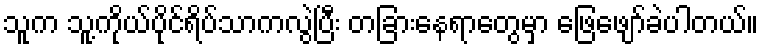
သူက သူ့ကိုယ်ပိုင်ရိပ်သာကလွဲပြီး တခြားနေရာတွေမှာ ဖြေဖျော်ခဲပါတယ်။